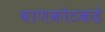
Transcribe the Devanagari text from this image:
बाणकोटकडे